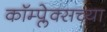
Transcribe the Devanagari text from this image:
कॉम्प्लेक्सच्या